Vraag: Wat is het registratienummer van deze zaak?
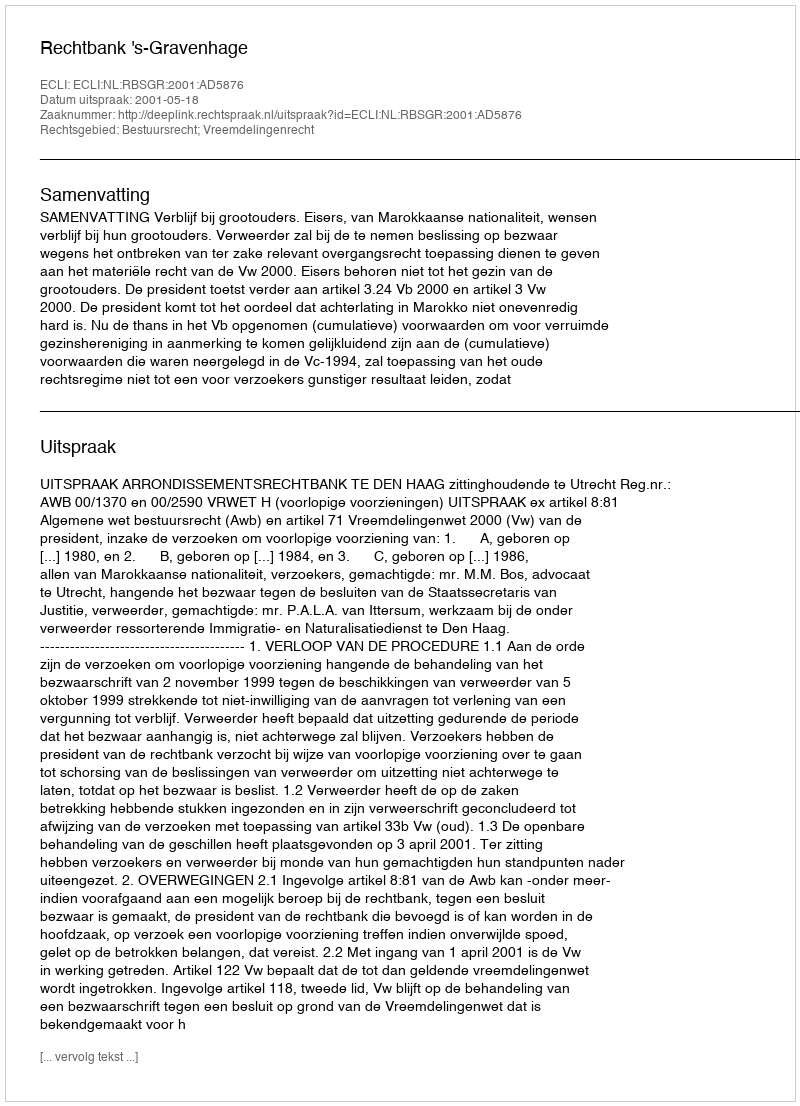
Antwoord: http://deeplink.rechtspraak.nl/uitspraak?id=ECLI:NL:RBSGR:2001:AD5876